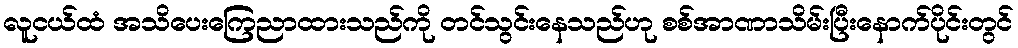
လူငယ်ထံ အသိပေးကြေညာထားသည်ကို တင်သွင်းနေသည်ဟု စစ်အာဏာသိမ်းပြီးနောက်ပိုင်းတွင်